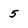
Character: 5